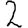
Digit: 2